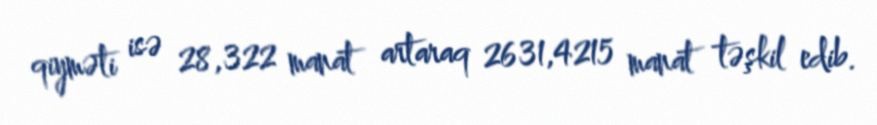
qiyməti isə 28,322 manat artaraq 2631,4215 manat təşkil edib.